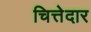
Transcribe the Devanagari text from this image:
चित्तेदार